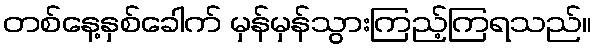
တစ်နေ့နှစ်ခေါက် မှန်မှန်သွားကြည့်ကြရသည်။